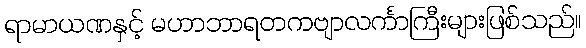
ရာမာယဏနှင့် မဟာဘာရတကဗျာလင်္ကာကြီးများဖြစ်သည်။